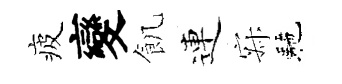
疲變飢連寂駰